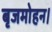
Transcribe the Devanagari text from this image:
बृजमोहन।